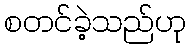
စတင်ခဲ့သည်ဟု